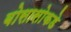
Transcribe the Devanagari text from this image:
बोसासोकडे